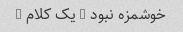
خوشمزه نبود … یک کلام …